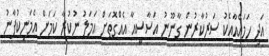
އަދި ހަމައެއާއެކު ސަރުކާރުން ގާނޫނު އަސާސީއާ އެއްގޮތަށް އަމަލު ނުކުރާ ކަމަށް އެމަނިކުފާނު